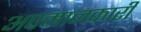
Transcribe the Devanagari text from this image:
अपमानकारी